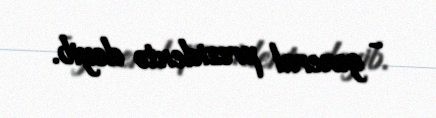
- general prezidentə deyib.